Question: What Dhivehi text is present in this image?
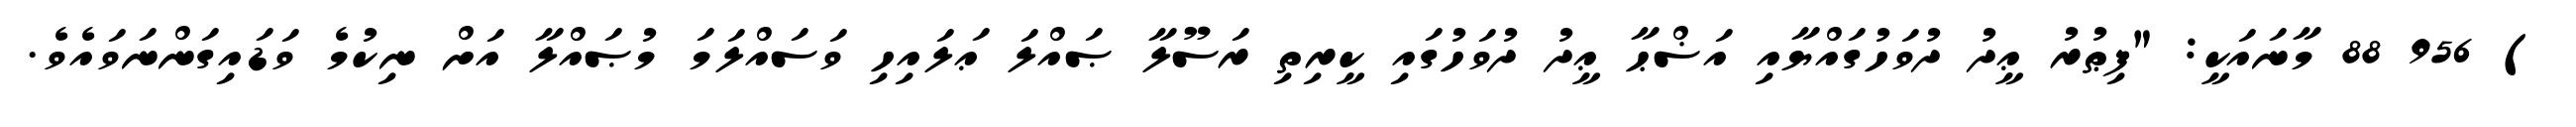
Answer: ) 956 88 މާނައަކީ: "ފިޠުރު ޢީދު ދުވަހުގައްޔާއި އަޟްޙާ ޢީދު ދުވަހުގައި ކީރިތި ރަސޫލާ ޞައްލަ ޢަލައިހި ވަސައްލަމަ މުޞައްލާ އަށް ނިކުމެ ވަޑައިގަންނަވައެވެ.